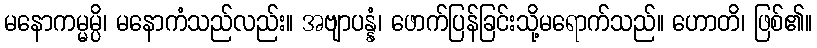
မနောကမ္မမ္ပိ၊ မနောကံသည်လည်း။ အဗျာပန္နံ၊ ဖောက်ပြန်ခြင်းသို့မရောက်သည်။ ဟောတိ၊ ဖြစ်၏။